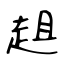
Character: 趄